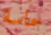
حماسة